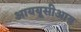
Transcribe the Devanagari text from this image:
आययूसीआय